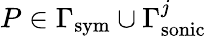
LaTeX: P\in\Gamma_{\mathrm{sym}}\cup\Gamma_{\mathrm{sonic}}^{j}